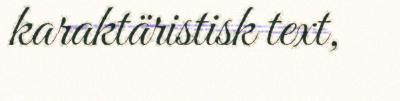
karaktäristisk text,